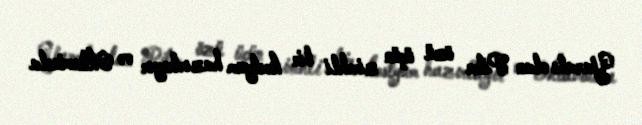
Yaralı olan Piter özü üçün zirehli bir kostyum hazırlayır və Oktaviusla